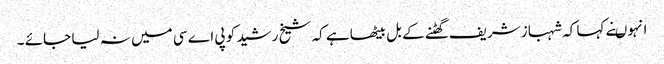
انہوںنے کہا کہ شہباز شریف گھٹنے کے بل بیٹھا ہے کہ شیخ رشید کو پی اے سی میں نہ لیا جائے ۔